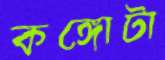
কঙ্গোটা